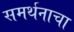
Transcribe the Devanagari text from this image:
समर्थनाचा